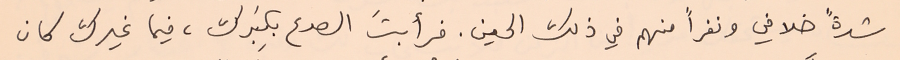
شدةً خلافي ونفراً منهم في ذلك الحين. فرأبتَ الصدع بكِبَرك، فيما غيرك كان